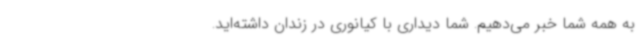
به همه شما خبر می‌دهیم. شما دیداری با کیانوری در زندان داشته‌اید.